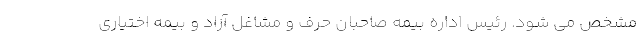
مشخص می شود. رئیس اداره بیمه صاحبان حرف و مشاغل آزاد و بیمه اختیاری